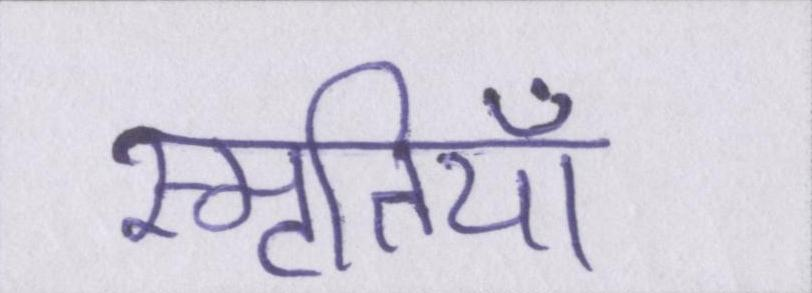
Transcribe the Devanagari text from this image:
स्मृतियाँ